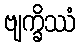
ဗျက္ခိဿံ